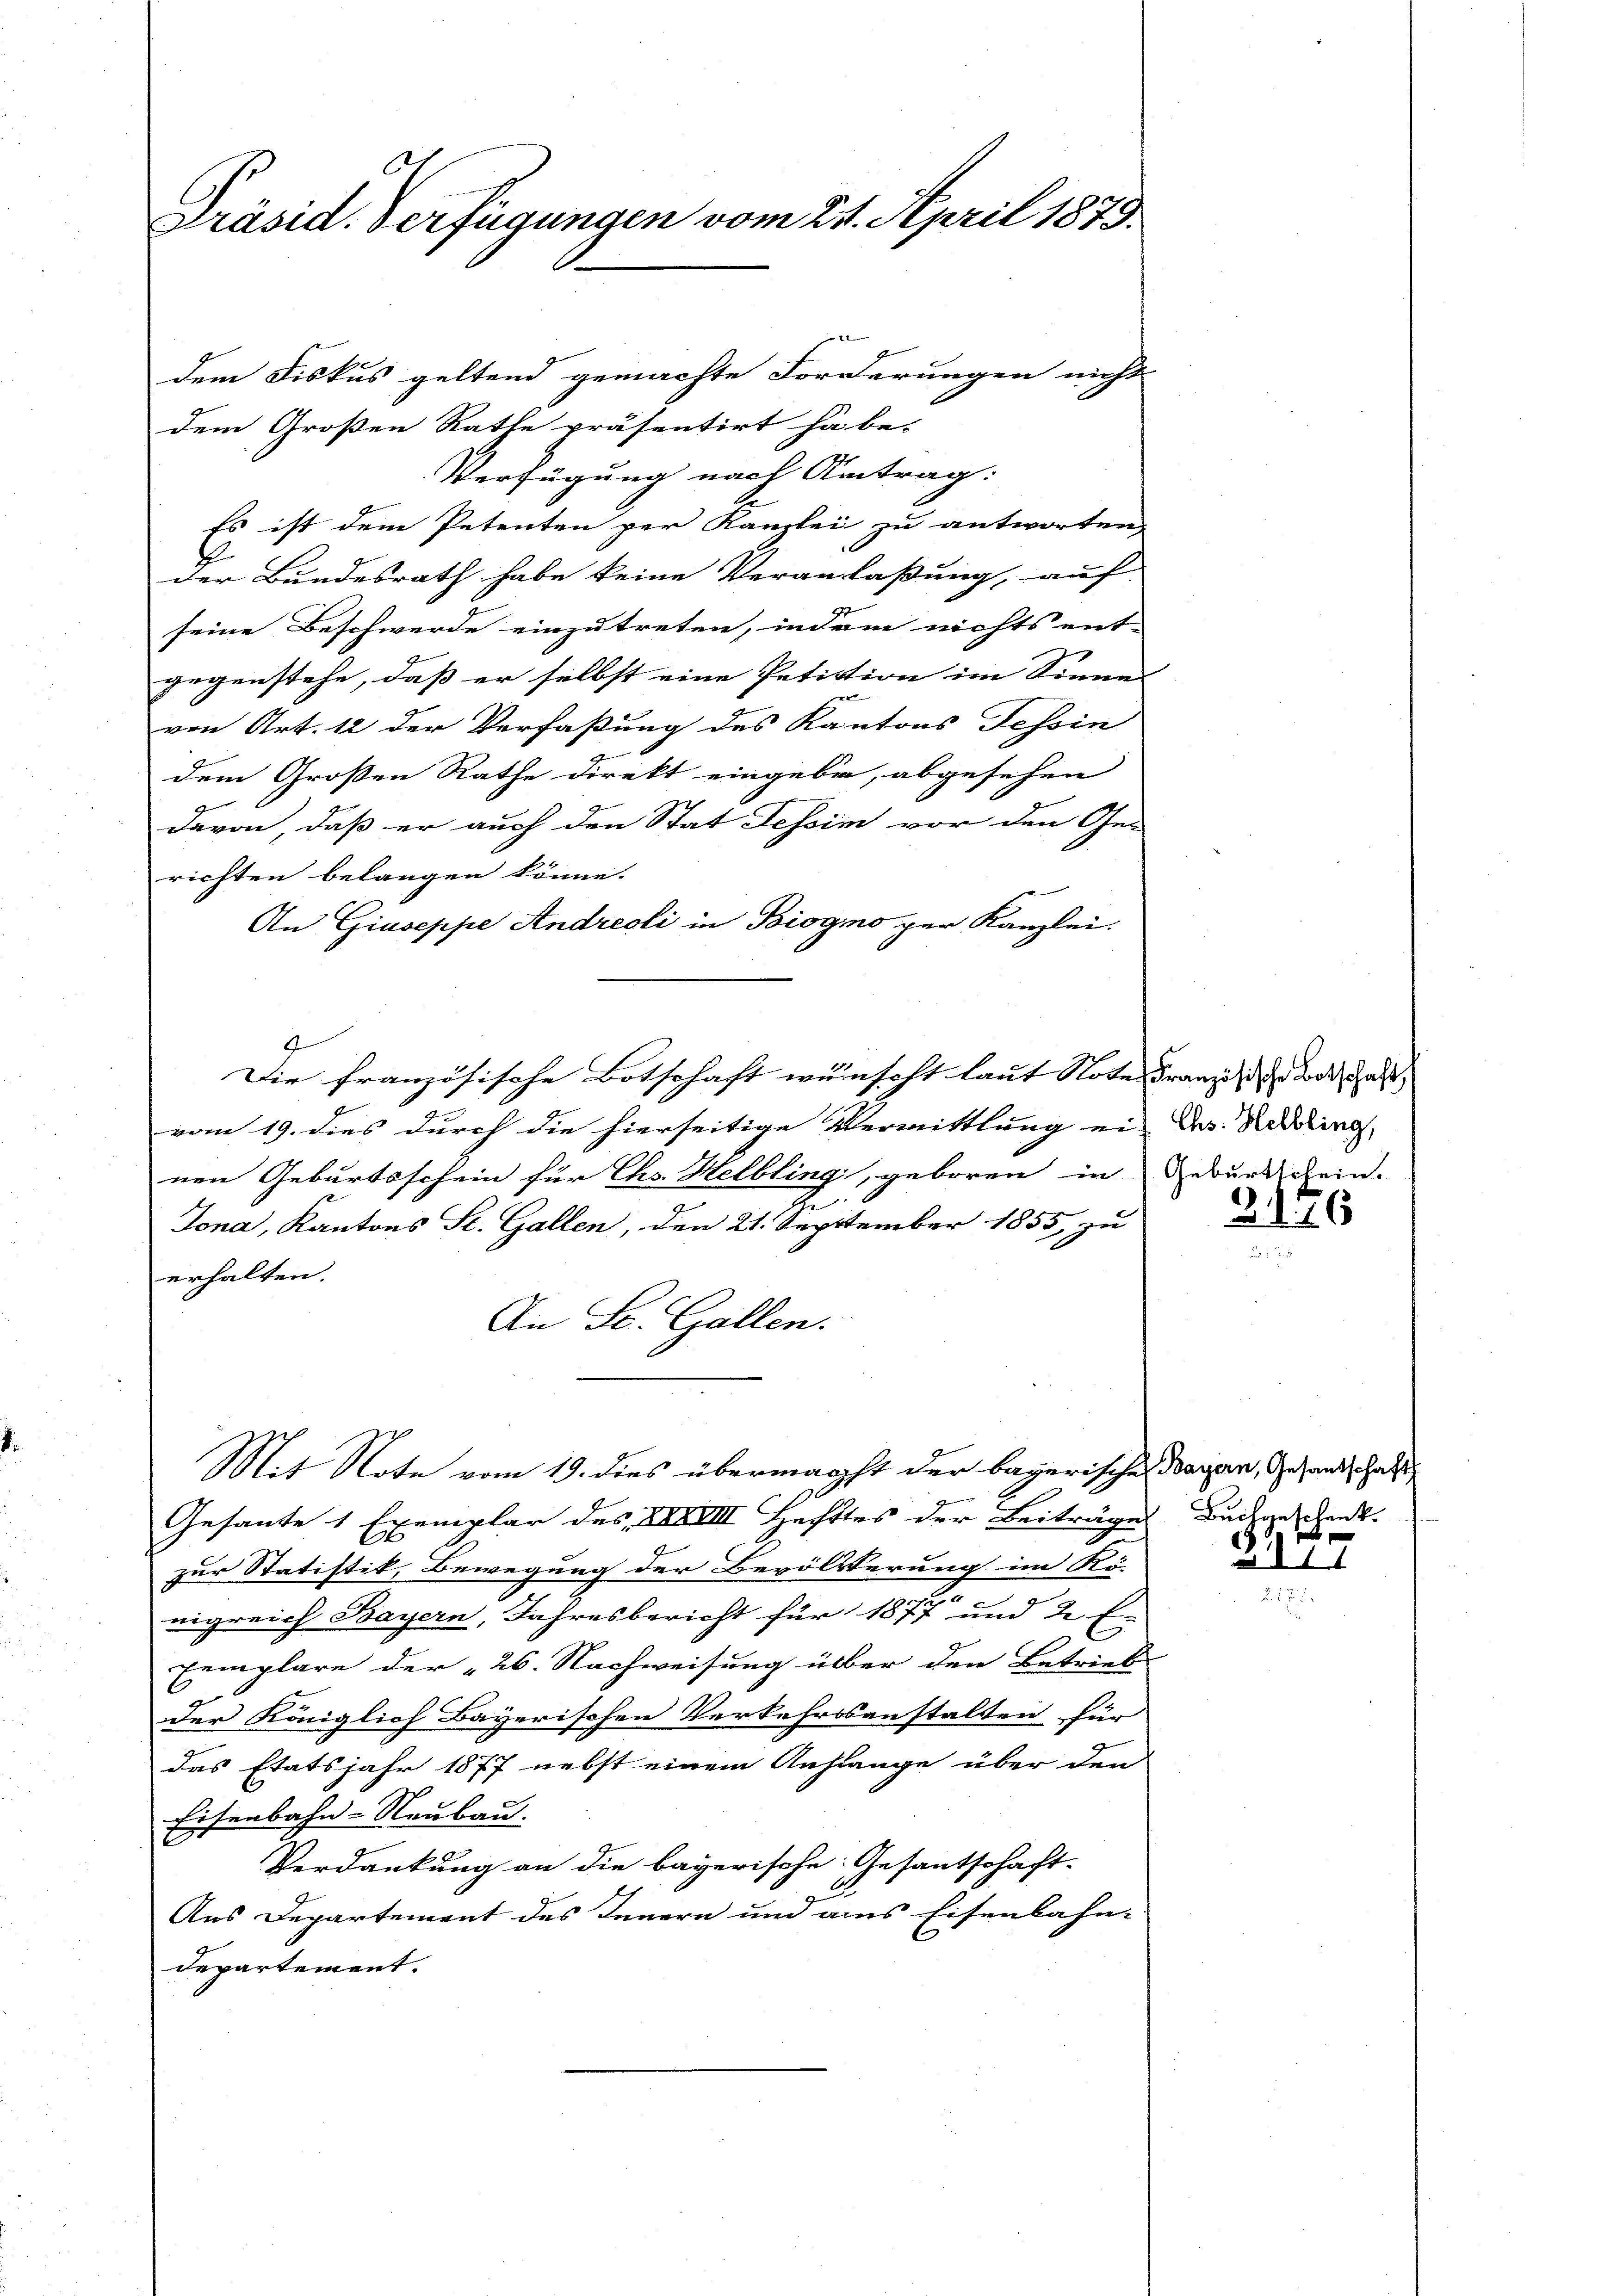
Präsid. Verfügungen vom 24. April 1879.

dem Fiskus geltend gemachte Forderungen nicht
dem Großen Rathe präsentirt habe-
Verfügung nach Antrag. |
Es ist dem Petenten per Kanzlei zu antworten
b
der Bundesrath habe keine Veranlaßung, auf
2
seine Beschwerde einzutreten, indem nichts ent-
gegenstehe, daß er selbst eine Petition im Sinne
von Art. 12 der Verfaßung des Kantons Tessin
dem Grossen Rathe direkt eingeben, abgesehen
davon, daß er auch den Stat Tessim vor den Ge-
richten belangen könne.
An Giuseppe Andreoli in Biogno per Kanzlei:
g
Die französische Botschaft wünscht laut Note Franz, der Tode dass |
vom 19. dies durch die hierseitige Vermittlung ein D. Reding,
nen Geburtsschein für Chs. Helbling, geboren in Geburtschein.
Jona, Kantons St. Gallen, den 21. September 1855 zu
erhalten.
An St. Gallen.
Mit Note vom 19. dies übermachst der bayerischen Bagan, Gesandtschaft
Gesante 1 Exemplar des XXXVIII. Hechtes der Beiträges Buchgeschenk.
zur Statistik, Bewegung der Bevölkerung im Kö-
nigreich Bayern, Jahresbericht für 1877 und 2 E
Eemplare der „26. Nachweisung über den Betrieb
der Königlich Bayerischen Verkehrssanstalten für
das Etatsjahr 1877 nebst einem Anfange über den
Eisenbahn-Neubau.
Verdankung an die bayerische Gesantschaft-
Aus Departement des Innern und aus Eisenbahn-
departement.

3176

.

.